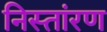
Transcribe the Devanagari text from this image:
निस्तांरण